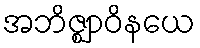
အဘိဇ္ဈာဝိနယေ